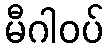
မီဂါဝပ်